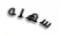
سهله